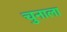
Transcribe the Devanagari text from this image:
चुनाला